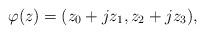
LaTeX: \begin{align*}\varphi(z)=(z_0+jz_1,z_2+jz_3),\end{align*}